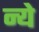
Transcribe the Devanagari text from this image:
न्‍ये